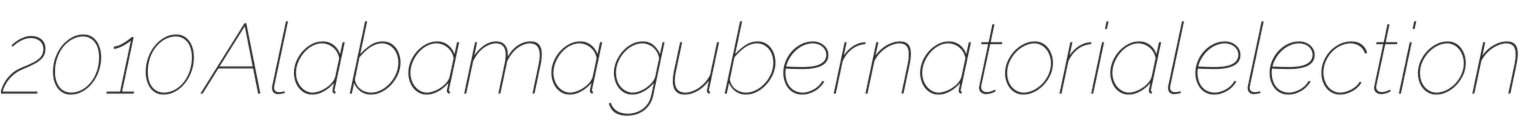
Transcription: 2010 Alabama gubernatorial election